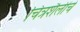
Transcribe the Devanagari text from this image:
चित्रशैलींचे